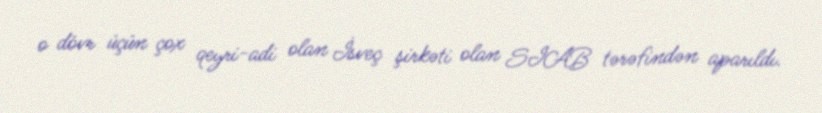
o dövr üçün çox qeyri-adi olan İsveç şirkəti olan SIAB tərəfindən aparıldı.